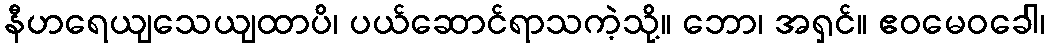
နီဟရေယျသေယျထာပိ၊ ပယ်ဆောင်ရာသကဲ့သို့။ ဘော၊ အရှင်။ ဧဝမေဝခေါ၊